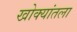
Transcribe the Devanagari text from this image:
खोक्यांतला